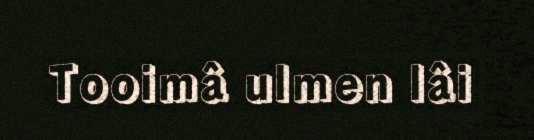
Tooimâ ulmen lâi